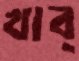
খাব্